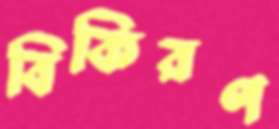
বিকিরণ